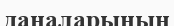
даналарының